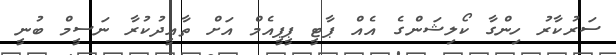
ސަރުކާރު ހިންގާ ކޯލިޝަންގެ އެއް ޕާޓީ ޕީޕީއެމް އަށް ތާއީދުކުރާ ނަސީމް ބުނީ